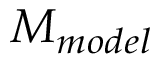
M _ { m o d e l }